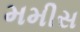
મમીસ